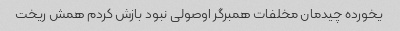
یخورده چیدمان مخلفات همبرگر اوصولی نبود بازش کردم همش ریخت